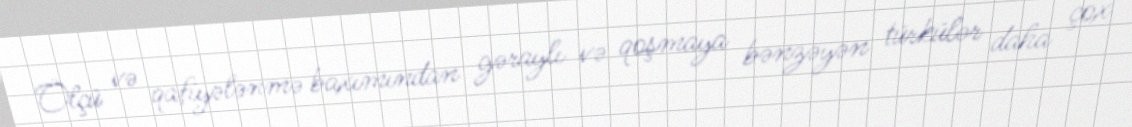
Ölçü və qafiyələnmə baxımından gəraylı və qoşmaya bənzəyən türkülər daha çox